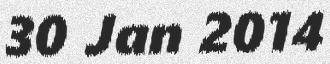
30 Jan 2014